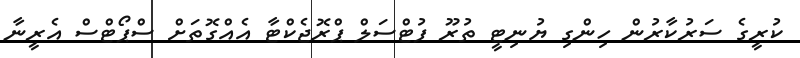
ކުރީގެ ސަރުކާރުން ހިންގި ޔުނިޓީ ތުރޫ ފުޓްސަލް ޕްރޮޖެކްޓާ އެއްގޮތަށް ސްޕޯޓްސް އެރީނާ